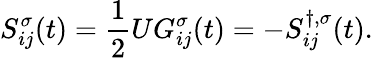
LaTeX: S_{ij}^{\sigma}(t)=\frac{1}{2}UG_{ij}^{\sigma}(t)=-S_{ij}^{\dagger,\sigma}(t).